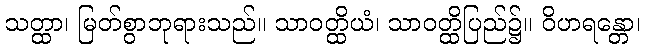
သတ္ထာ၊ မြတ်စွာဘုရားသည်။ သာဝတ္ထိယံ၊ သာဝတ္ထိပြည်၌။ ဝိဟရန္တော၊